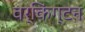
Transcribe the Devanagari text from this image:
वर्किंग्टन